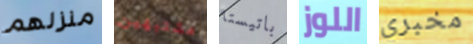
منزلهم مشتبهين باتيستا اللوز مخبري